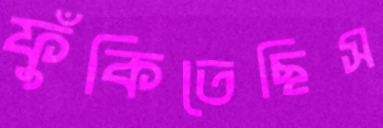
ফুঁকিতেছিস